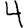
Digit: 4